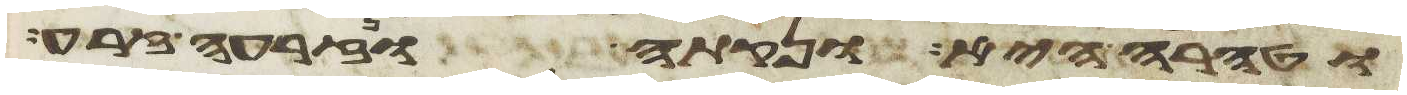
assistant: וטהרה היא ונקתה ונזרעה זרע